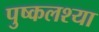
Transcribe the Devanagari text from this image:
पुष्कलश्या